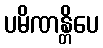
ပမိဏန္တိပေ